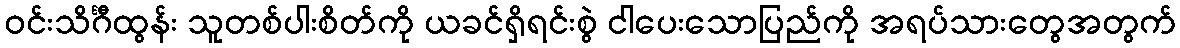
ဝင်းသိင်္ဂီထွန်း သူတစ်ပါးစိတ်ကို ယခင်ရှိရင်းစွဲ ငါပေးသောပြည်ကို အရပ်သားတွေအတွက်